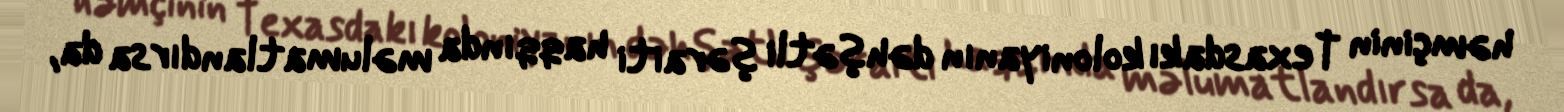
həmçinin Texasdakı koloniyanın dəhşətli şəraiti haqqında məlumatlandırsa da,